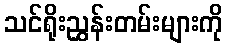
သင်ရိုးညွှန်းတမ်းများကို